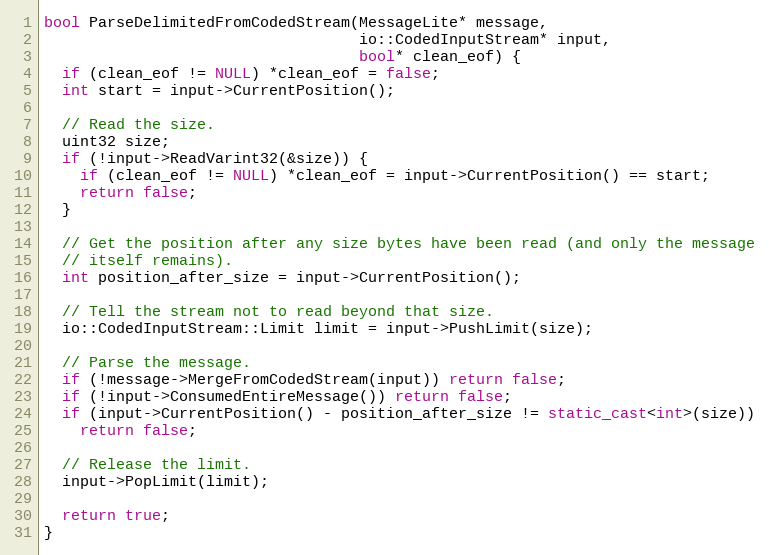
Language: C++
bool ParseDelimitedFromCodedStream(MessageLite* message,
                                   io::CodedInputStream* input,
                                   bool* clean_eof) {
  if (clean_eof != NULL) *clean_eof = false;
  int start = input->CurrentPosition();

  // Read the size.
  uint32 size;
  if (!input->ReadVarint32(&size)) {
    if (clean_eof != NULL) *clean_eof = input->CurrentPosition() == start;
    return false;
  }

  // Get the position after any size bytes have been read (and only the message
  // itself remains).
  int position_after_size = input->CurrentPosition();

  // Tell the stream not to read beyond that size.
  io::CodedInputStream::Limit limit = input->PushLimit(size);

  // Parse the message.
  if (!message->MergeFromCodedStream(input)) return false;
  if (!input->ConsumedEntireMessage()) return false;
  if (input->CurrentPosition() - position_after_size != static_cast<int>(size))
    return false;

  // Release the limit.
  input->PopLimit(limit);

  return true;
}